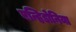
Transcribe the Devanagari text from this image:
एन्हिडोनिया